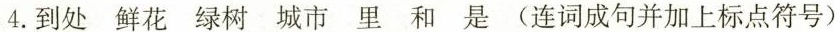
4.到处鲜花绿树城市里和是(连词成句并加上标点符号)